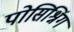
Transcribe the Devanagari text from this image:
पोसिश्निंग